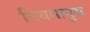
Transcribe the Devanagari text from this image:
नियमानुस